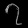
Digit: ၇